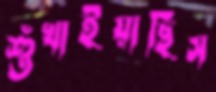
শুঁখাইয়াছিস